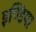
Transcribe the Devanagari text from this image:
इण्‍डिया